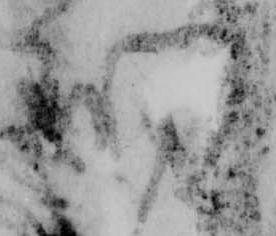
細